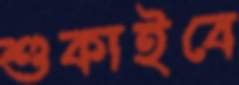
শুকাইবে